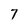
Character: 7